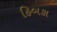
હિબકા